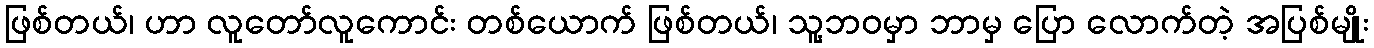
ဖြစ်တယ်၊ ဟာ လူတော်လူကောင်း တစ်ယောက် ဖြစ်တယ်၊ သူ့ဘဝမှာ ဘာမှ ပြော လောက်တဲ့ အပြစ်မျိုး